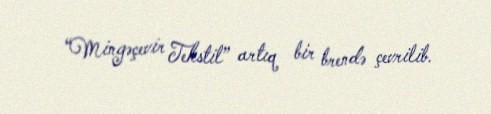
“Mingəçevir Tekstil” artıq bir brendə çevrilib.